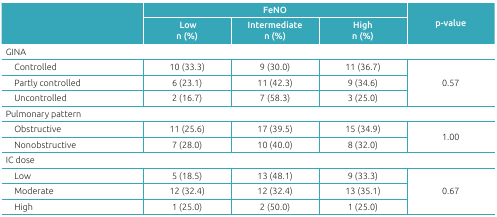
<table><thead><tr><td rowspan="2"></td><td colspan="3"><b>FeNO </b></td><td rowspan="2"><b>p-value</b></td></tr><tr><td><b> Low n (%)</b></td><td><b>Intermediate n (%)</b></td><td><b>High n (%)</b></td></tr></thead><tbody><tr><td colspan="5">GINA</td></tr><tr><td>Controlled</td><td>10 (33.3)</td><td>9 (30.0)</td><td>11 (36.7)</td><td rowspan="3">0.57</td></tr><tr><td>Partly controlled</td><td>6 (23.1)</td><td>11 (42.3)</td><td>9 (34.6)</td></tr><tr><td>Uncontrolled</td><td>2 (16.7)</td><td>7 (58.3)</td><td>3 (25.0)</td></tr><tr><td colspan="5">Pulmonary pattern</td></tr><tr><td>Obstructive</td><td>11 (25.6)</td><td>17 (39.5)</td><td>15 (34.9)</td><td rowspan="2">1.00</td></tr><tr><td>Nonobstructive</td><td>7 (28.0)</td><td>10 (40.0)</td><td>8 (32.0)</td></tr><tr><td colspan="5">IC dose</td></tr><tr><td>Low</td><td>5 (18.5)</td><td>13 (48.1)</td><td>9 (33.3)</td><td rowspan="3">0.67</td></tr><tr><td>Moderate</td><td>12 (32.4)</td><td>12 (32.4)</td><td>13 (35.1)</td></tr><tr><td>High</td><td>1 (25.0)</td><td>2 (50.0)</td><td>1 (25.0)</td></tr></tbody></table>